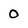
Character: 0